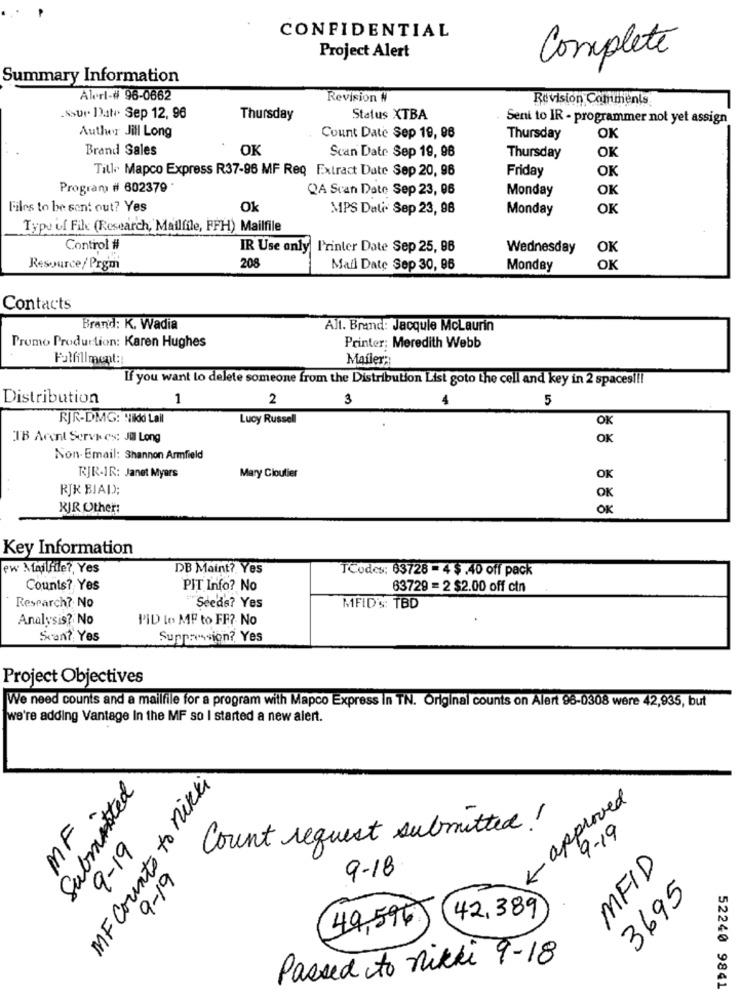
CONFIDENTIAL
Project Alert
Complete
Summary Information
Alerl-# 96-0662
Revision #
Revision Comments
.ssur Date Sep 12, 96
Thursday
Status XTBA
Seni to IR - programmer not yet assign
Author Jill Long
Count Date Sep 19, 96
Thursday
OK
Brand Sales
OK
Thursday
Scan Date Sep 19, 96
OK
Till. Mapco Express R37-96 MF Req Extract Date Sep 20, 96
Friday
OK
Program # 602379 *
QA Scan Date Sep 23, 06
Monday
OK
Files to be sent out? Yes
Ok
MPS Dali Sep 23, 98
Monday
OK
Typy of File (Research, Mailfile, FFH) Mailfile
Control #
IR Use only Printer Date Sep 25, 96
Wednesday
OK
Resource/Prom
208
Mail Date Sep 30, 96
Monday
OK
Contacts
Brand: K. Wadia
Alt. Brand: Jacquie McLaurin
Promo Production: Karen Hughes
Printer; Meredith Webb
Fulfillment ::
Mafler ::
If you want to delete someone from the Distribution List goto the cell and key in 2 spaces !!!
Distribution
1
2
5
RJR-DMG: "ildd Lall
Lucy Russell
TB Acent Servi es: Jil Long
Non-Email: Shannon Armfield
RJR-IR: Janet Myers
Mary Cloutier
OK
RJK BIAD;
OK
KIR Other:
OK
Key Information
ew Mailfile ?, Yes
DB Maint? Yes
TCodes: 63728 = 4 $.40 off pack
Counts? Yes
PIT Info? No
63729 = 2 $2.00 off cin
Research? No
Seeds? Yes
MFID'S: TBD
Analysis? No
PID Lo MP to FF? No
Scan? Yes
Suppression? Yes
Project Objectives
We need counts and a mailfile for a program with Mapco Express In TN. Original counts on Alert 98-0308 were 42,935, but
we're adding Vantage In the MF so I started a new alert.
Submitted
MF Counts to nikki
<- approved
MF
Count request submitted !
9-19
9-19
MEID
9-19
9-18
3695
42,389
49,596 )
Passed to nikki 9-18
52240 9841